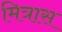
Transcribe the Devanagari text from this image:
मित्रास